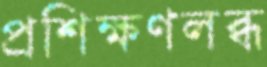
প্রশিক্ষণলব্ধ